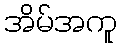
အိမ်အကူ